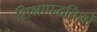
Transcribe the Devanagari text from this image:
शिक्षापद्धतियों